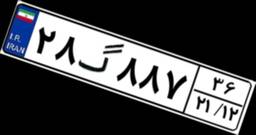
۸۷گ۵۶۶۸۵